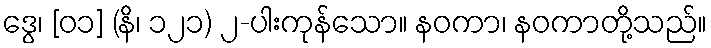
ဒွေ၊ [၀၁] (နိ၊ ၁၂၁) ၂-ပါးကုန်သော။ နဝကာ၊ နဝကာတို့သည်။